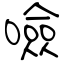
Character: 噞